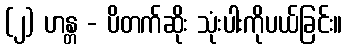
(၂) ဟန္တ - ပိတက်ဆိုး သုံးပါးကိုပယ်ခြင်း။